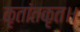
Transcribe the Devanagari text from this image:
कृतांतकृत।।